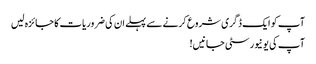
آپ کو ایک ڈگری شروع کرنے سے پہلے ان کی ضروریات کا جائزہ لیں
آپ کی یونیورسٹی جانیں!